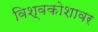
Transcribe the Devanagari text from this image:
विश्वकोशावर